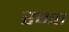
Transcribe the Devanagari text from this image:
रगत